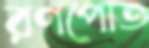
রণপোত